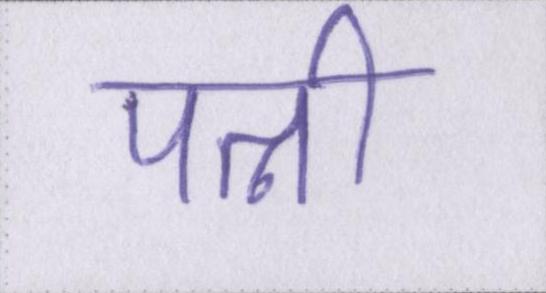
पत्नी